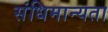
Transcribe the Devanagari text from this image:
संधिमान्यता